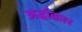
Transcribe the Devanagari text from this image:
अर्द्धाकार